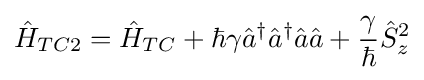
{\hat {H}}_{TC2}={\hat {H}}_{TC}+\hbar \gamma {\hat {a}}^{\dagger }{\hat {a}}^{\dagger }{\hat {a}}{\hat {a}}+{\frac {\gamma }{\hbar }}{\hat {S}}_{z}^{2}